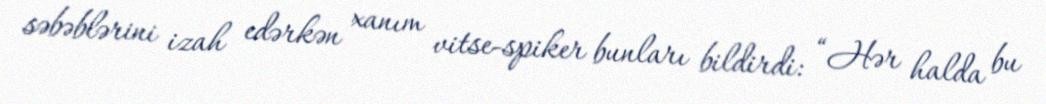
səbəblərini izah edərkən xanım vitse-spiker bunları bildirdi: “Hər halda bu